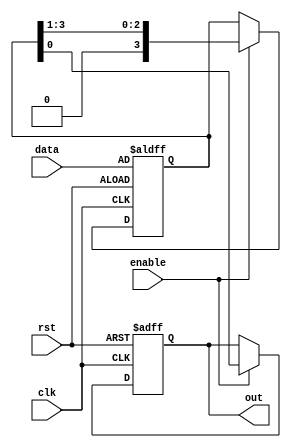
module shift_reg_assn(clk, enable, rst, data, out);
  input enable, clk, rst;
  input [3:0] data;
  output out;
  reg out;
  reg [3:0] memory;

  always @ (posedge clk, posedge rst) begin
    if (rst == 1'b1) begin
      out <= 1'b0;
      memory <= data;
    end
    else begin
      if (enable) begin
        out = memory[0];
        memory = memory >> 1'b1;
      end
    end
  end
endmodule